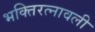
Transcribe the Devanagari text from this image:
भक्तिरत्नावली